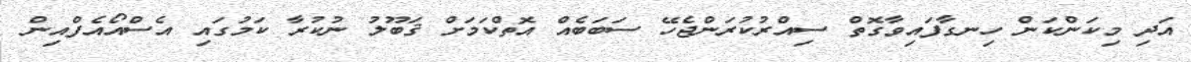
އަދި މިކަންކަން ހިނގާފައިވާގޮތް ސިއްރުކުރަންޖެހޭ ސަބަބެއް އޮތްކަމަށް ޤަބޫލު ނުކުރާ ކަމުގައި އެސްއޯއެފްއިން